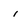
Character: i